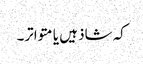
کہ شاذ ہیں یا متواتر۔